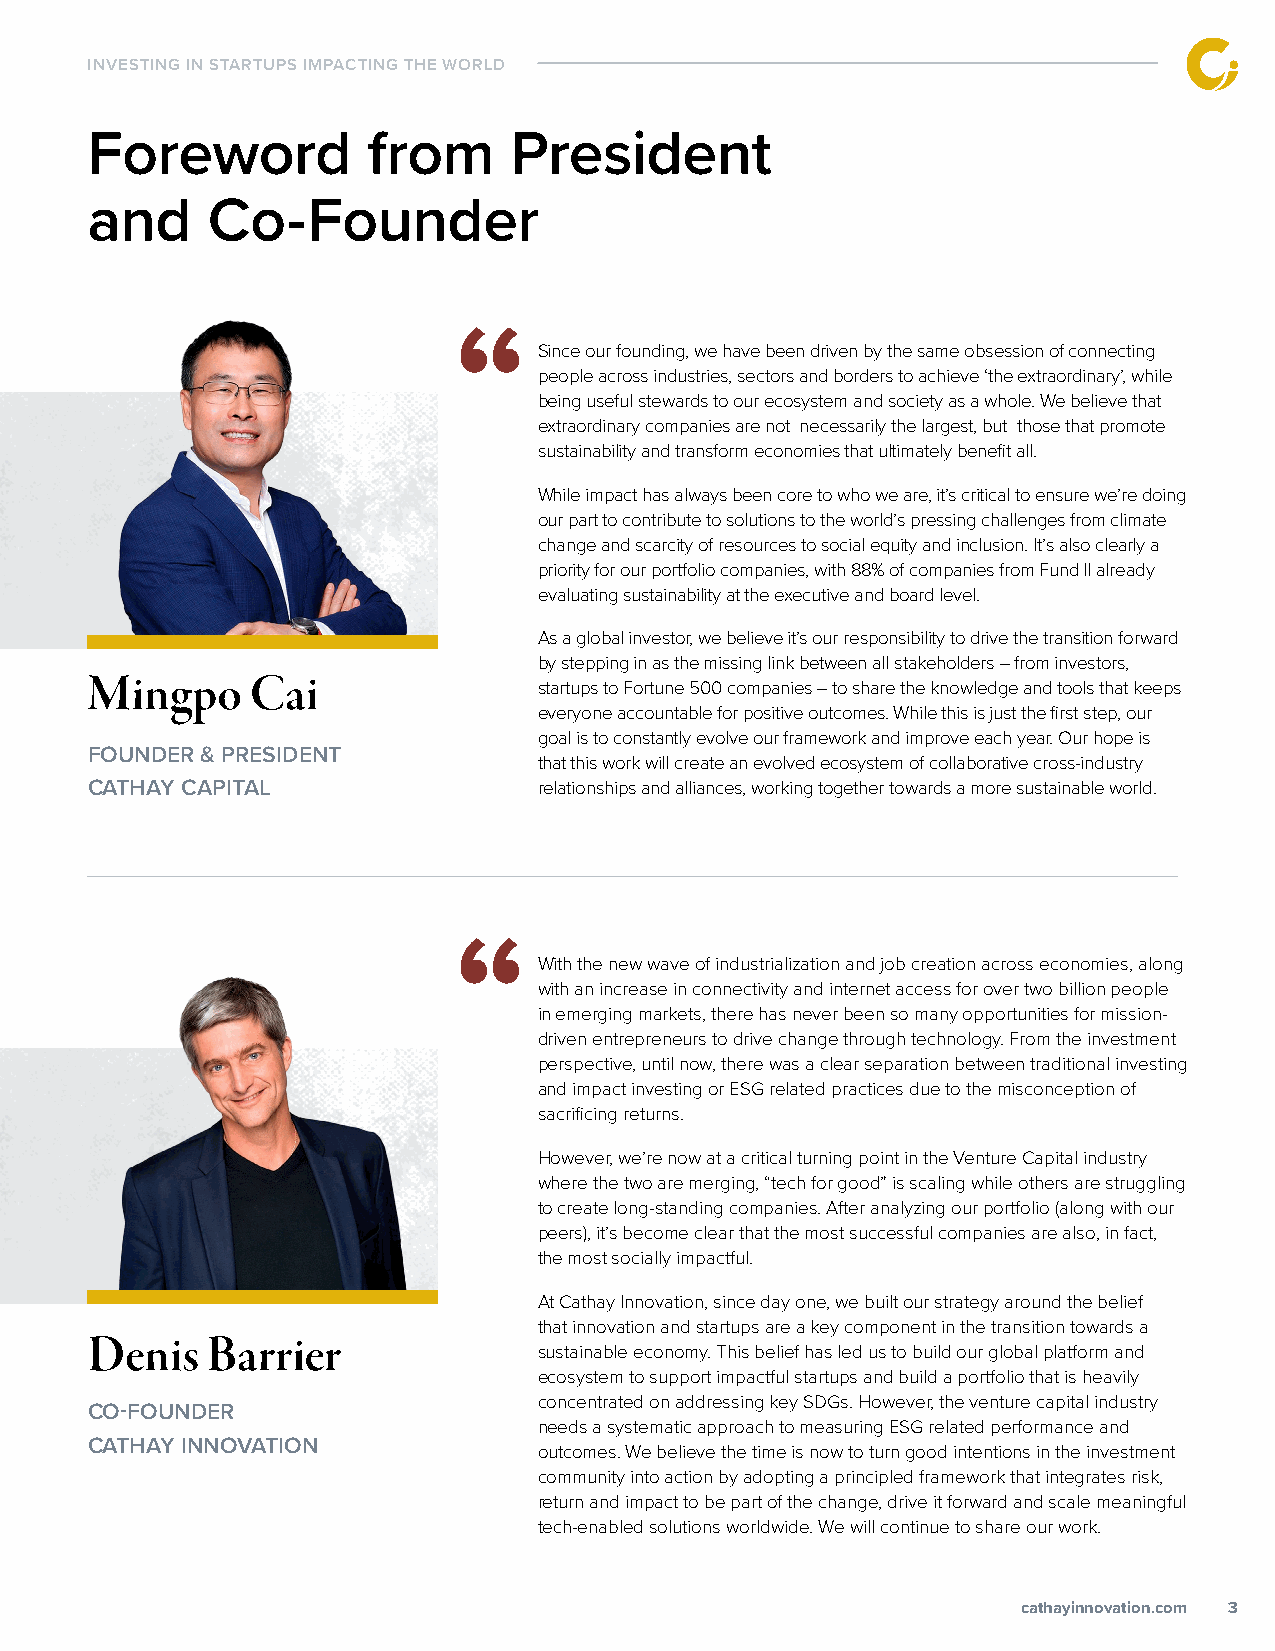
INVESTING IN STARTUPS IMPACTING THE WORLD
 Foreword          from      President
 and     Co-Founder
 “
 Since our founding, we have been driven by the same obsession of connecting
 people across industries, sectors and borders to achieve ‘the extraordinary’, while
 being useful stewards to our ecosystem and society as a whole. We believe that
 extraordinary companies are not necessarily the largest, but those that promote
 sustainability and transform economies that ultimately benefit all.
 While impact has always been core to who we are, it’s critical to ensure we’re doing
 our part to contribute to solutions to the world’s pressing challenges from climate
 change and scarcity of resources to social equity and inclusion. It’s also clearly a
 priority for our portfolio companies, with 88% of companies from Fund II already
 evaluating sustainability at the executive and board level.
 As a global investor, we believe it’s our responsibility to drive the transition forward
 by stepping in as the missing link between all stakeholders – from investors,
 Mingpo     Cai
 startups to Fortune 500 companies – to share the knowledge and tools that keeps
 everyone accountable for positive outcomes. While this is just the first step, our
 goal is to constantly evolve our framework and improve each year. Our hope is
 FOUNDER & PRESIDENT
 that this work will create an evolved ecosystem of collaborative cross-industry
 CATHAY CAPITAL                relationships and alliances, working together towards a more sustainable world.
 “
 With the new wave of industrialization and job creation across economies, along
 with an increase in connectivity and internet access for over two billion people
 in emerging markets, there has never been so many opportunities for mission-
 driven entrepreneurs to drive change through technology. From the investment
 perspective, until now, there was a clear separation between traditional investing
 and impact investing or ESG related practices due to the misconception of
 sacrificing returns.
 However, we’re now at a critical turning point in the Venture Capital industry
 where the two are merging, “tech for good” is scaling while others are struggling
 to create long-standing companies. After analyzing our portfolio (along with our
 peers), it’s become clear that the most successful companies are also, in fact,
 the most socially impactful.
 At Cathay Innovation, since day one, we built our strategy around the belief
 that innovation and startups are a key component in the transition towards a
 Denis   Barrier
 sustainable economy. This belief has led us to build our global platform and
 ecosystem to support impactful startups and build a portfolio that is heavily
 concentrated on addressing key SDGs. However, the venture capital industry
 CO-FOUNDER
 needs a systematic approach to measuring ESG related performance and
 CATHAY INNOVATION
 outcomes. We believe the time is now to turn good intentions in the investment
 community into action by adopting a principled framework that integrates risk,
 return and impact to be part of the change, drive it forward and scale meaningful
 tech-enabled solutions worldwide. We will continue to share our work.
 ccaatthhaayyiinnnnoovvaattiioonn..ccoomm 3